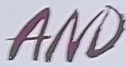
AND